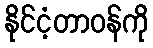
နိုင်ငံ့တာဝန်ကို